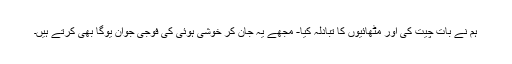
ہم نے بات چیت کی اور مٹھائیوں کا تبادلہ کیا- مجھے یہ جان کر خوشی ہوئی کی فوجی جوان یوگا بھی کرتے ہیں۔